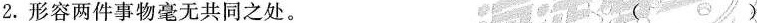
2.形容两件事物毫无共同之处。 ( )